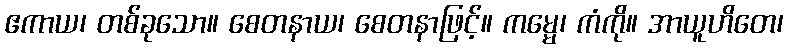
ဧကာယ၊ တစ်ခုသော။ စေတနာယ၊ စေတနာဖြင့်။ ကမ္မေ၊ ကံကို။ အာယူဟိတေ၊